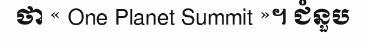
ថា « One Planet Summit »។ ជំនួប